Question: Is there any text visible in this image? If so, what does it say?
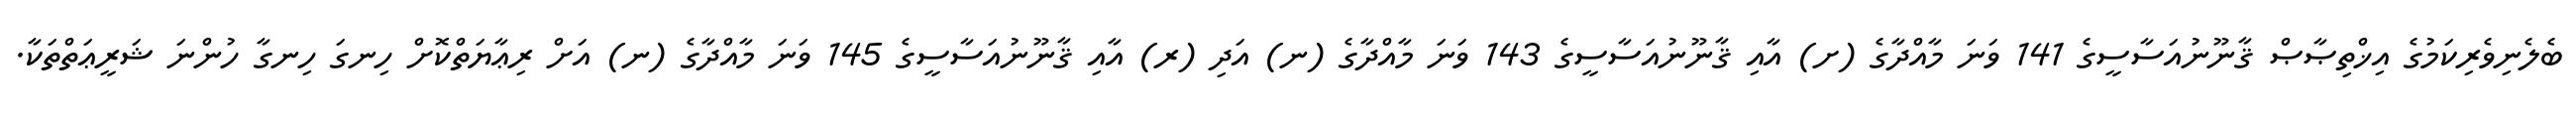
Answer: ބެލެނިވެރިކަމުގެ އިޚްތިޞާޞް ޤާނޫނުއަސާސީގެ 141 ވަނަ މާއްދާގެ (ށ) އާއި ޤާނޫނުއަސާސީގެ 143 ވަނަ މާއްދާގެ (ނ) އަދި (ރ) އާއި ޤާނޫނުއަސާސީގެ 145 ވަނަ މާއްދާގެ (ނ) އަށް ރިޢާޔަތްކޮށް ހިނގަ ހިނގާ ހުންނަ ޝަރީޢަތްތަކާ.